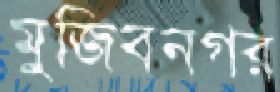
মুজিবনগর